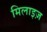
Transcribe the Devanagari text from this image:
मिलाइज़